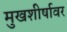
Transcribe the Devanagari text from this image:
मुखशीर्षावर